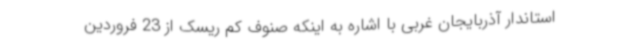
استاندار آذربایجان غربی با اشاره به اینکه صنوف کم ریسک از 23 فروردین